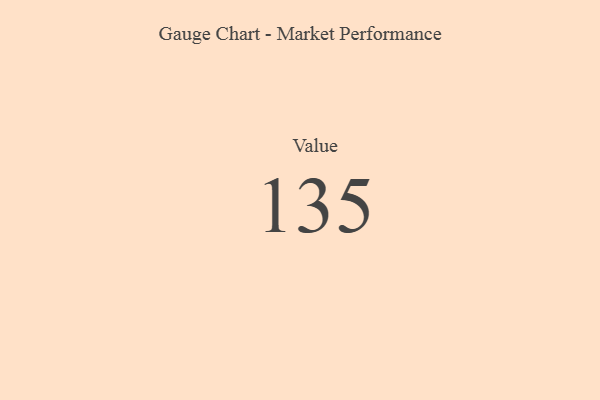
{"axis": {"x": "Metric", "y": "Value"}, "legend": [""], "data": [{"x": "Value", "y": 135, "type": ""}]}